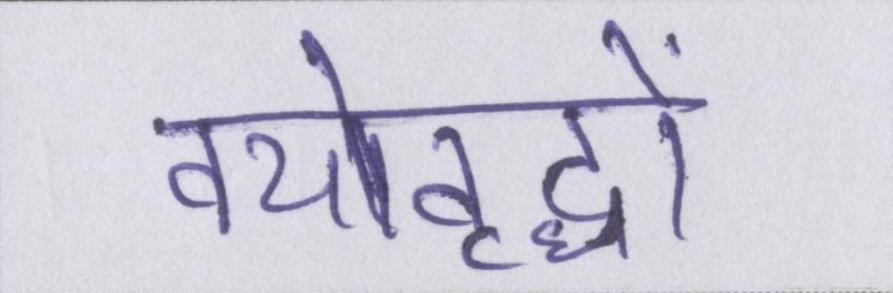
वयोवृद्धों